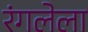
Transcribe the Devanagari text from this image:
रंगलेला